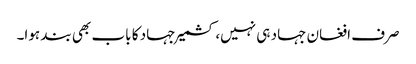
صرف افغان جہاد ہی نہیں، کشمیر جہاد کا باب بھی بند ہوا۔